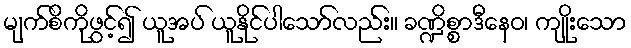
မျက်စိကိုဖွင့်၍ ယူအပ် ယူနိုင်ပါသော်လည်း။ ခဏ္ဍိစ္စာဒီနေဝ၊ ကျိုးသော